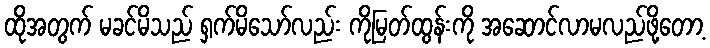
ထိုအတွက် မခင်မိသည် ရှက်မိသော်လည်း ကိုမြတ်ထွန်းကို အဆောင်လာမလည်ဖို့တော့